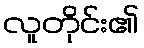
လူတိုင်း၏